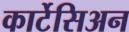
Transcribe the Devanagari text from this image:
कार्टेसिअन